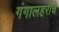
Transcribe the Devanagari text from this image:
गंगालहरीचे